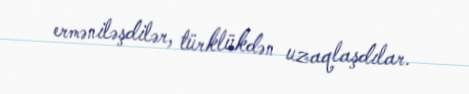
erməniləşdilər, türklükdən uzaqlaşdılar.